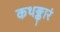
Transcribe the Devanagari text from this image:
कथङ्कारं